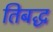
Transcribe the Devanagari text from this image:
तिबद्ध